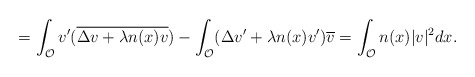
\begin{align*}=\int_{\mathcal O}v'(\overline{\Delta v +\lambda n(x) v})-\int_{\mathcal O} (\Delta v'+\lambda n(x) v')\overline{v} = \int_{\mathcal O} n(x)|v|^2dx.\end{align*}